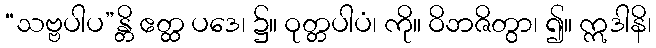
“သဗ္ဗပါပ”န္တိ ဧတ္ထ ပဒေ၊ ၌။ ဝုတ္တပါပံ၊ ကို။ ဝိဘဇိတွာ၊ ၍။ ဣဒါနိ၊